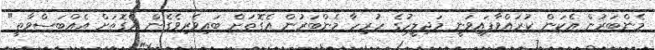
މެންބަރުން އެކަން ކުރައްވާފައިވަނީ މަޖިލީހުގެ ހުރިހާ މެންބަރުން އެގޮތަށް ބައިވެރިވެގެން އެގޮތަށް އެއްބަސްވާތީ"